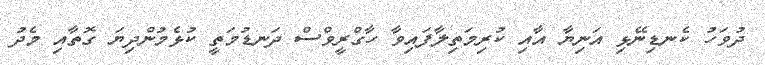
ދުވަހު ކެނޑިނޭޅި އަނިޔާ އާއި ކުރިމަތިލާފައިވާ ހާގްރީވްސް ދަނޑުމަތީ ކުޅެމުންދިޔަ ގޮތާއި މެދު